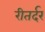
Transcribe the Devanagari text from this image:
रीतर्दर